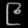
Digit: ၉